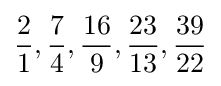
{\frac {2}{1}},{\frac {7}{4}},{\frac {16}{9}},{\frac {23}{13}},{\frac {39}{22}}